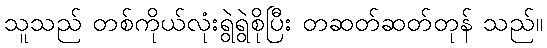
သူသည် တစ်ကိုယ်လုံးရွဲရွဲစိုပြီး တဆတ်ဆတ်တုန် သည်။